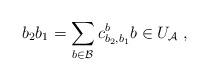
LaTeX: \begin{align*}b_2b_1 = \sum_{b\in \mathcal{B}} c^b_{b_2,b_1} b\in U_\mathcal{A}\;,\end{align*}